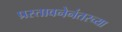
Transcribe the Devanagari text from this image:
प्रस्तावनेनंतरच्या